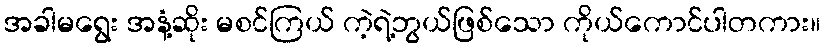
အခါမရွေး အနံ့ဆိုး မစင်ကြယ် ကဲ့ရဲ့ဘွယ်ဖြစ်သော ကိုယ်ကောင်ပါတကား။